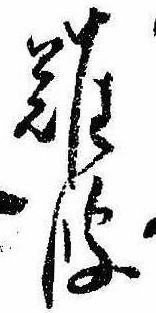
難波